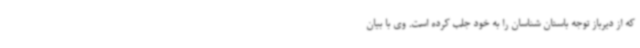
که از دیرباز توجه باستان شناسان را به خود جلب کرده است. وی با بیان